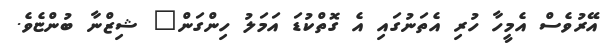
އޭރުވެސް އެމީހާ ހުރި އެތަނުގައި އެ ގޮތްކުޑަ އަމަލު ހިންގަން" ޝިޒްނާ ބުންޏެވެ.